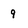
Character: 9